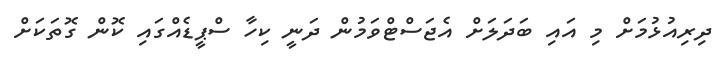
ދިރިއުޅުމަށް މި އައި ބަދަލަށް އެޖަސްޓްވަމުން ދަނީ ކިހާ ސްޕީޑެއްގައި ކޮން ގޮތަކަށް